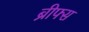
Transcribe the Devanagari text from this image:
ब्रीफ्स